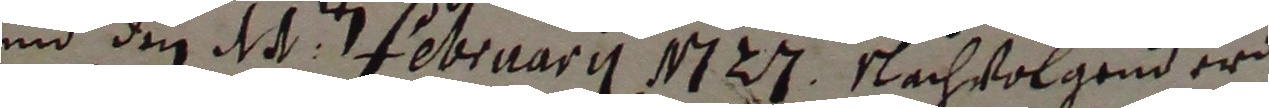
und den d februarii m 23 nachvolgend erd